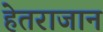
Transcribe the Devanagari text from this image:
हेतराजान